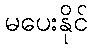
မပေးနိုင်